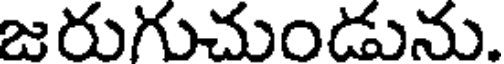
జరుగుచుండును.